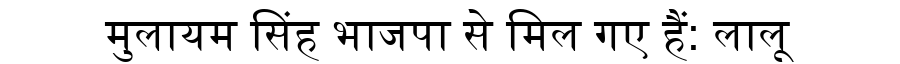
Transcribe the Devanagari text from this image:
मुलायम सिंह भाजपा से मिल गए हैं: लालू